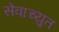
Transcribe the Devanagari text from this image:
सेवाच्युत